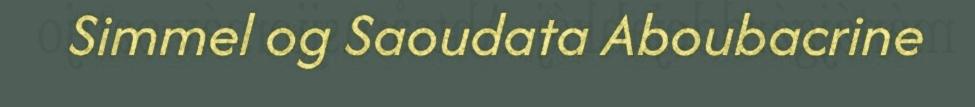
Simmel og Saoudata Aboubacrine